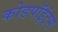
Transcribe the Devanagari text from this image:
कोडपॉइंट्स